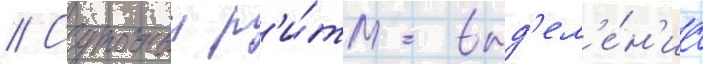
// Суточныи р'и́тм выд'ел'е́н'иа